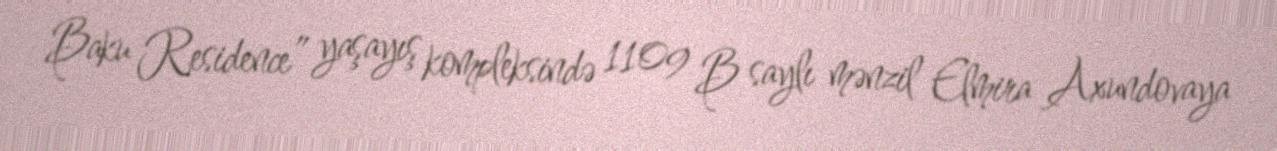
Baku Residence” yaşayış kompleksində 1109 B saylı mənzil Elmira Axundovaya